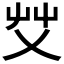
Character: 𰰞